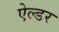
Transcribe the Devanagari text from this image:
ऐल्डर